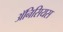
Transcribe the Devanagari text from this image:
ॲनिसियस